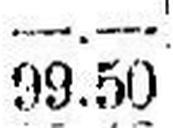
99.50